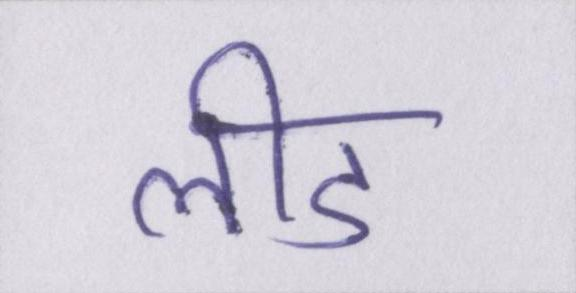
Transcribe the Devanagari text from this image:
लीड